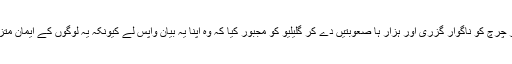
یہ بات سرپرست اور آمر چرچ کو ناگوار گزری اور ہزار ہا صعوبتیں دے کر گلیلیو کو مجبور کیا کہ وہ اپنا یہ بیان واپس لے کیونکہ یہ لوگوں کے ایمان متززل کرنے کا باعث ہے۔